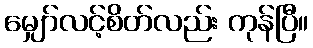
မျှော်လင့်စိတ်လည်း ကုန်ပြီ။